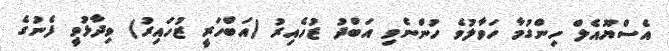
އެސްޔޫއެލް ހިންގުމާ ހަވާލުވެ ހުންނެވި އަބްދު ޒުހެއިރު (އަބްހަރީ ޒުހައިރު) ވިދާޅުވީ ފެނުގެ